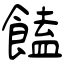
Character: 饁